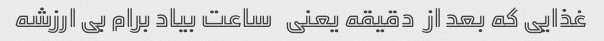
غذایی که بعد از  دقیقه یعنی   ساعت بیاد برام بی ارزشه